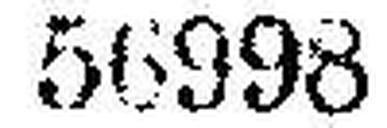
56998